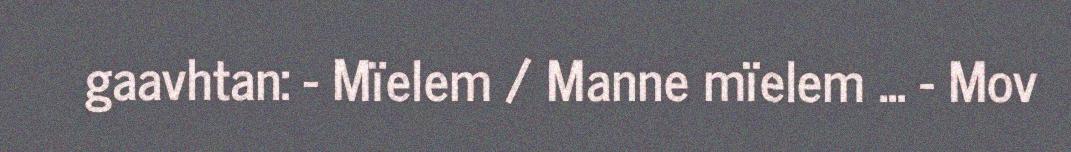
gaavhtan: - Mïelem / Manne mïelem ... - Mov